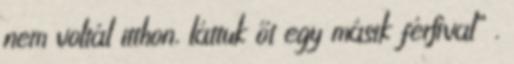
nem voltál itthon, láttuk őt egy másik férﬁval” .